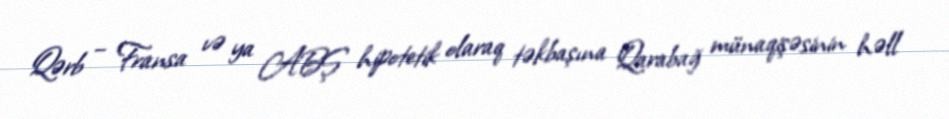
Qərb – Fransa və ya ABŞ hipotetik olaraq təkbaşına Qarabağ münaqişəsinin həll